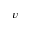
v